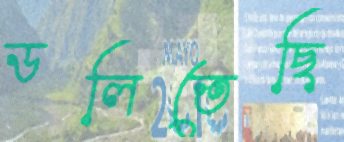
ডলিতেছি